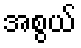
အစွယ်